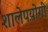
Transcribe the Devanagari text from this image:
शालेपयोगी